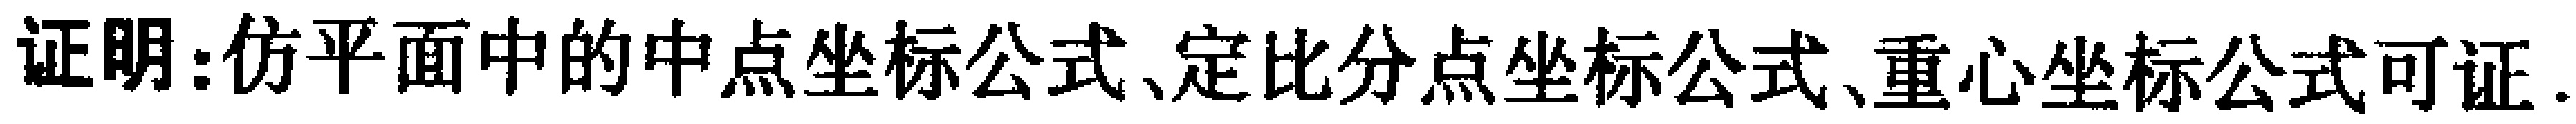
证明:仿平面中的中点坐标公式、定比分点坐标公式、重心坐标公式可证.